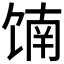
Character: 𬳄